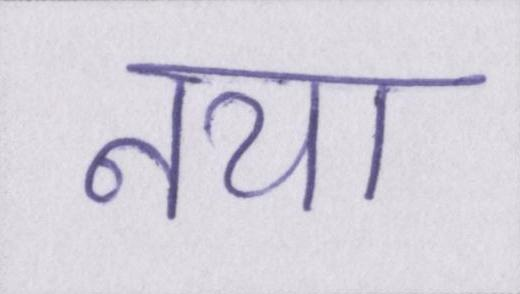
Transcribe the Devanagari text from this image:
नया